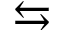
\leftrightarrows